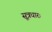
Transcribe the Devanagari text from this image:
सूत्रधारः